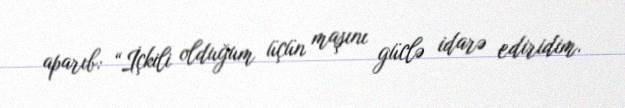
aparıb: “İçkili olduğum üçün maşını güclə idarə ediridim.